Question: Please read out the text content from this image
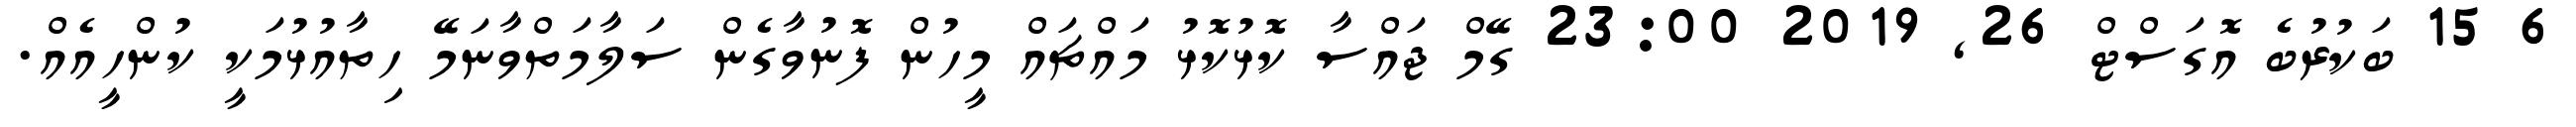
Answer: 6 15 ބަކުރުބެ އޮގަސްޓް 26, 2019 23:00 ގޭމް ޖައްސާ ކޮޅުކޮޅު މައްޗައް މީހުން ފޮނުވާގެން ސަލާމަތްވާނަމޭ ހިތާއުޅުމަކީ ކުންހީއެއް.